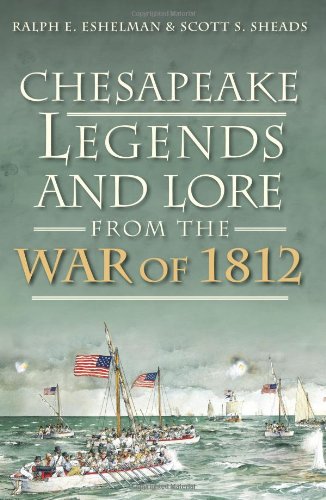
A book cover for Chesapeake Legends and Lore from the War of 1812; Ralph E. Eshelman; History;